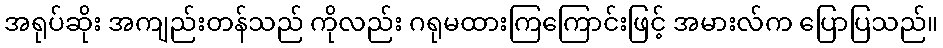
အရုပ်ဆိုး အကျည်းတန်သည် ကိုလည်း ဂရုမထားကြကြောင်းဖြင့် အမားလ်က ပြောပြသည်။